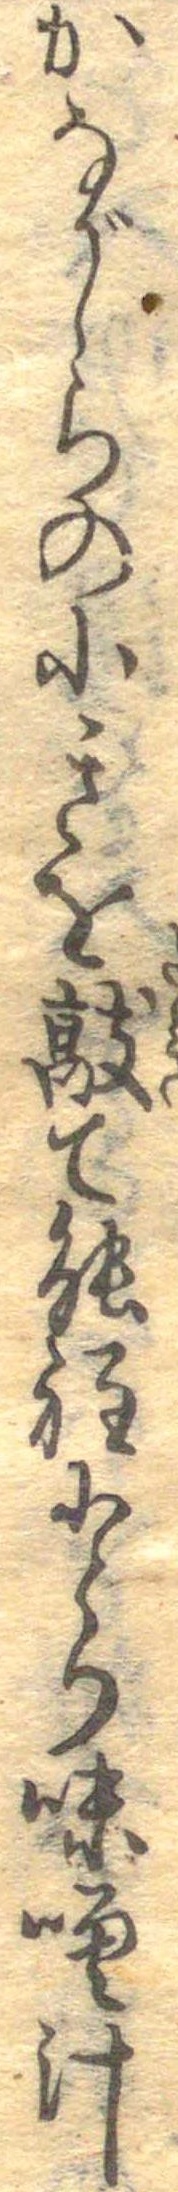
かながしらの小きを敲て能程にとり味噌汁